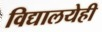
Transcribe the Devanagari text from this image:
विद्यालयेही